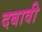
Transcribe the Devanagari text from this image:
दबावी